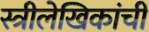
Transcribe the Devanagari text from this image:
स्त्रीलेखिकांची